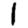
Digit: 1